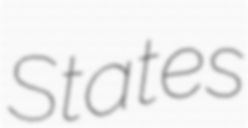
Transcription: States